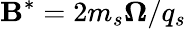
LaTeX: {\mathbf B^{*}=2m_{s}\boldsymbol\Omega/q_{s}}